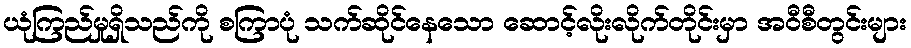
ယုံကြည်မှုရှိသည်ကို စကြာပုံ သက်ဆိုင်နေသော ဆောင့်လိုးလိုက်တိုင်းမှာ အဝီစီတွင်းများ